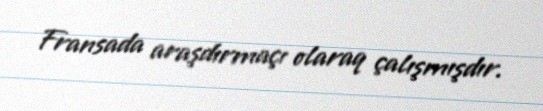
Fransada araşdırmaçı olaraq çalışmışdır.